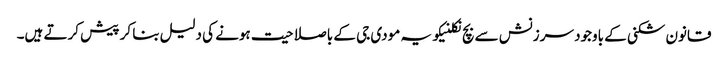
قانون شکنی کے باوجود سرزنش سے بچ نکلنیکو یہ مودی جی کے باصلاحیت ہونے کی دلیل بنا کر پیش کرتے ہیں۔